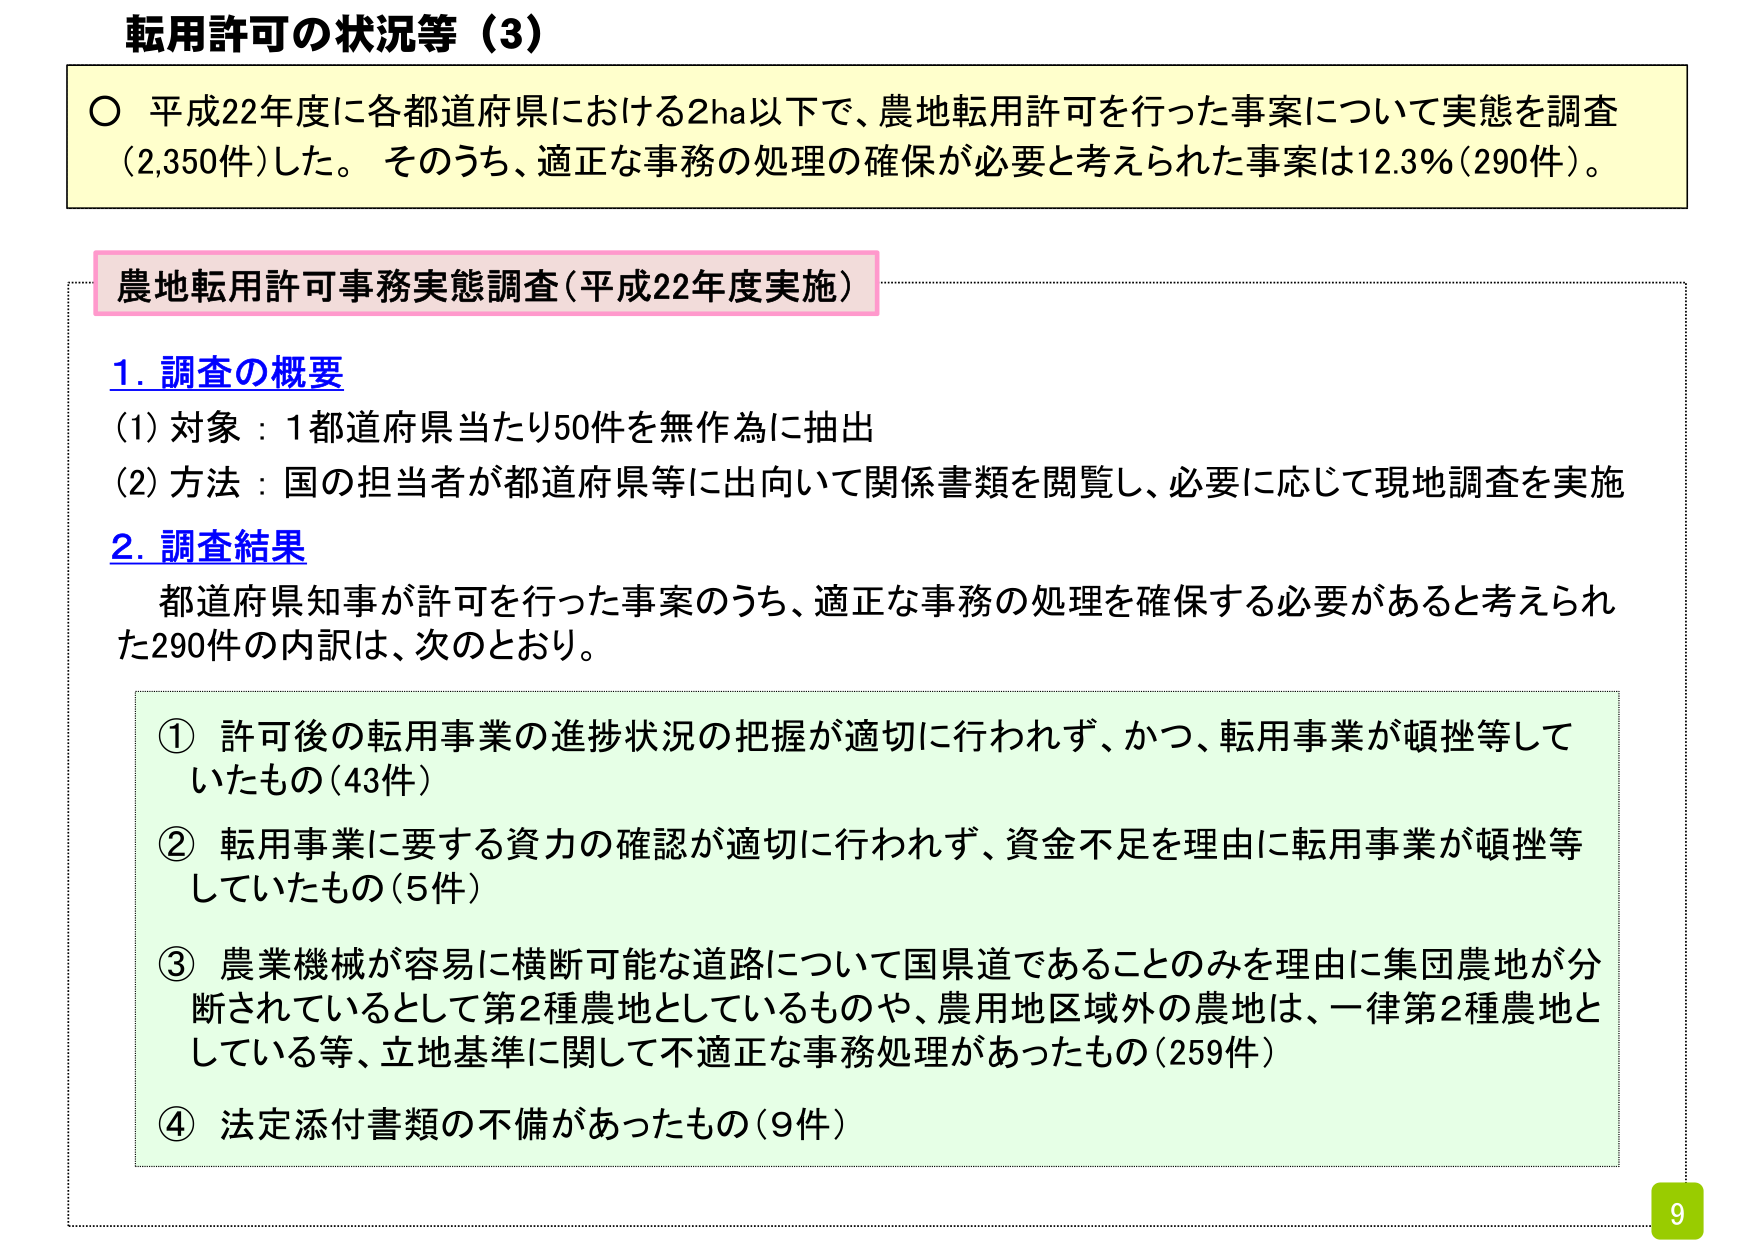
転用許可の状況等（3）

○ 平成22年度に各都道府県における2ha以下で、農地転用許可を行った事案について実態を調査（2,350件）した。そのうち、適正な事務の処理の確保が必要と考えられた事案は12.3％（290件）。

農地転用許可事務実態調査（平成22年度実施）

1. 調査の概要
(1) 対象：1都道府県当たり50件を無作為に抽出
(2) 方法：国の担当者が都道府県等に出向いて関係書類を閲覧し、必要に応じて現地調査を実施

2. 調査結果
都道府県知事が許可を行った事案のうち、適正な事務の処理を確保する必要があると考えられた290件の内訳は、次のとおり。

① 許可後の転用事業の進捗状況の把握が適切に行われず、かつ、転用事業が頓挫等していたもの（43件）
② 転用事業に要する資力の確認が適切に行われず、資金不足を理由に転用事業が頓挫等していたもの（5件）
③ 農業機械が容易に横断可能な道路について国県道であることのみを理由に集団農地が分断されているとして第2種農地としているものや、農用地区域外の農地は、一律第2種農地としている等、立地基準に関して不適正な事務処理があったもの（259件）
④ 法定添付書類の不備があったもの（9件）

9